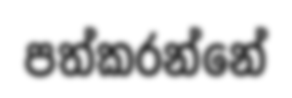
පත්කරන්නේ